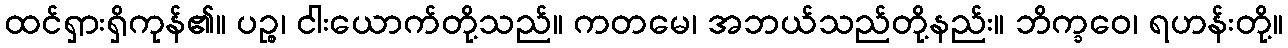
ထင်ရှားရှိကုန်၏။ ပဉ္စ၊ ငါးယောက်တို့သည်။ ကတမေ၊ အဘယ်သည်တို့နည်း။ ဘိက္ခဝေ၊ ရဟန်းတို့။